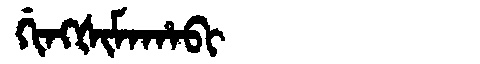
Manchu: ᡤᡳᠩᡧᡳᠮᠠᡥᠠᠪᡳ
Romanization: GINGŠIMAHABI